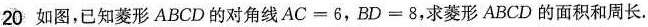
20 如图，已知菱形ABCD的对角线$$AC=6$$，$$BD=8$$，求菱形ABCD的面积和周长。